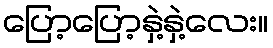
ပြော့ပြော့နှဲ့နှဲ့လေး။